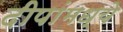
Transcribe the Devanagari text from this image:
दीपांमध्ये